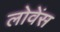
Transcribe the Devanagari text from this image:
लोवेंस